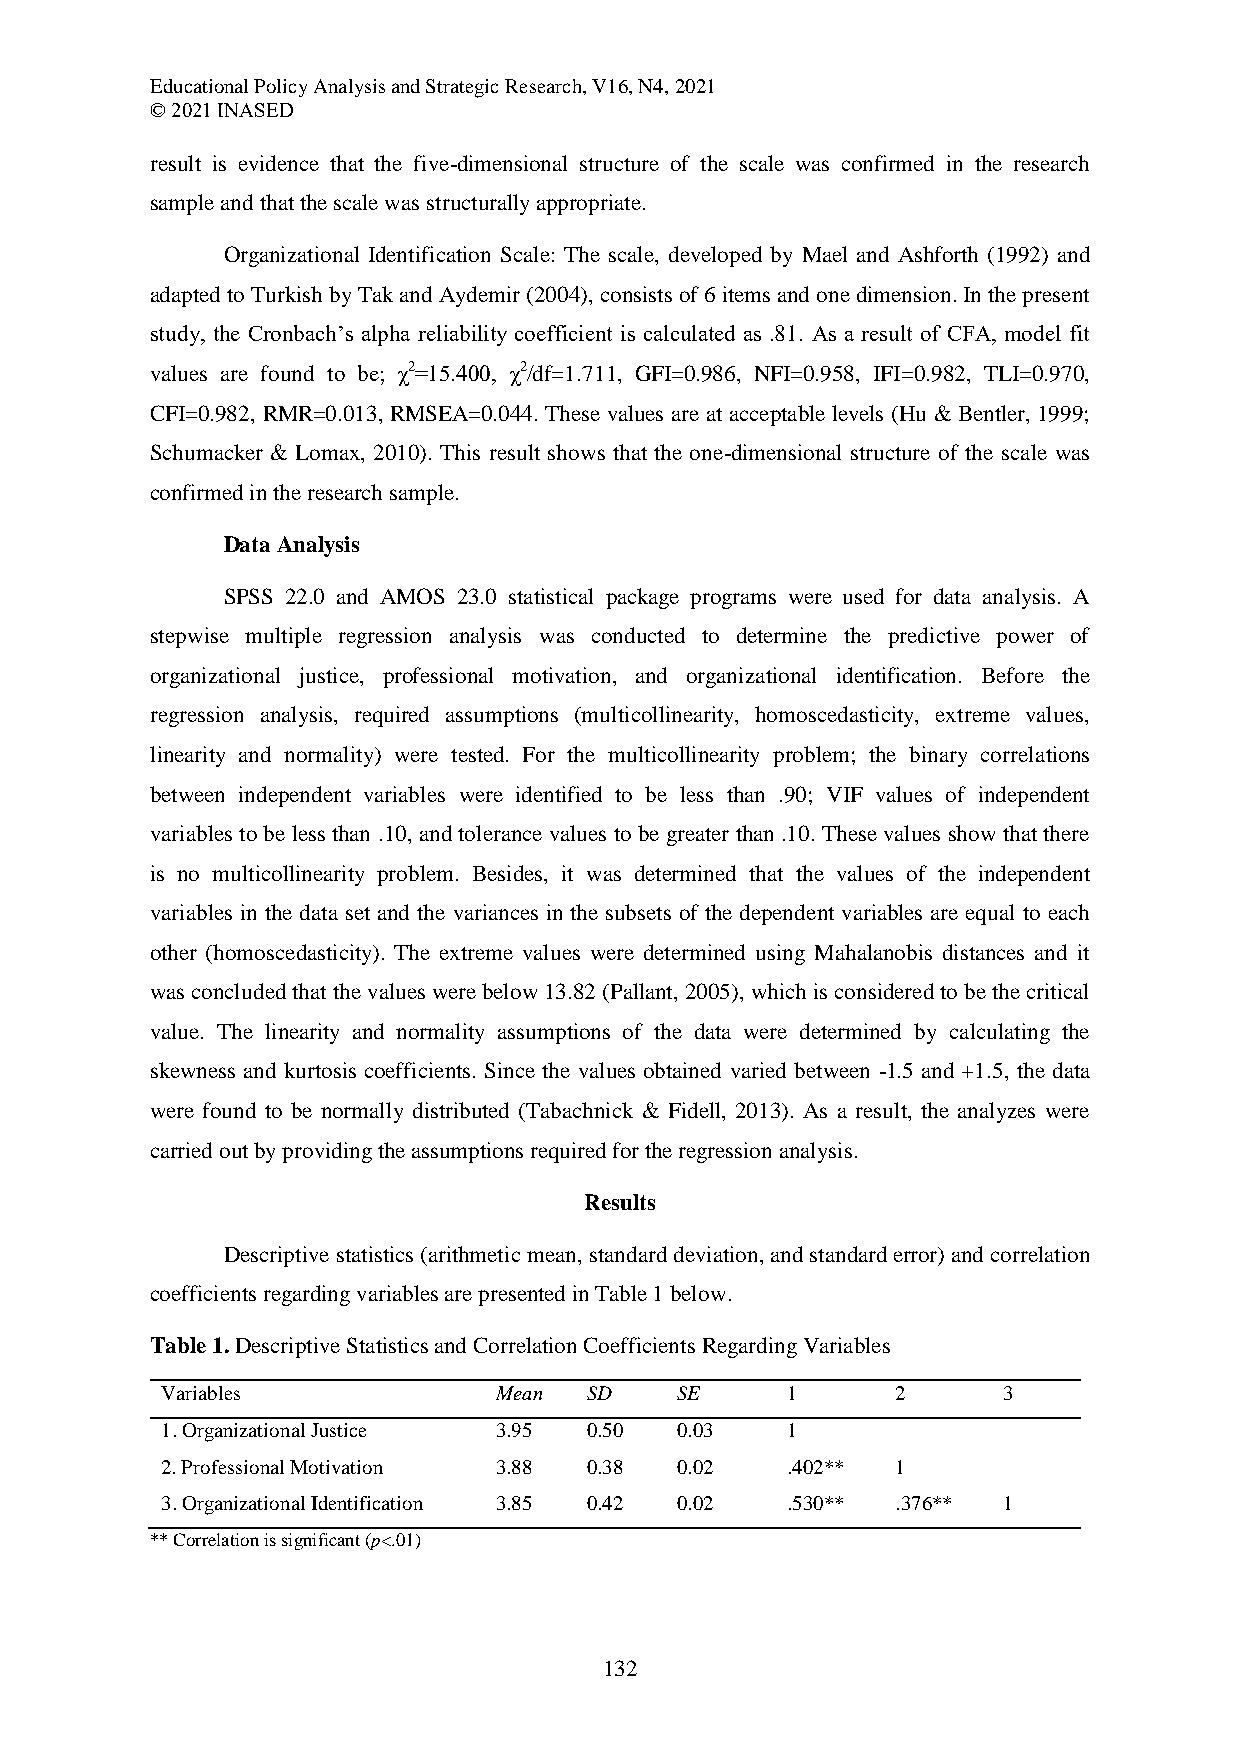
Educational Policy Analysis and Strategic Research, V16, N4, 2021
 © 2021 INASED
 result is evidence that the five-dimensional structure of the scale was confirmed in the research
 sample and that the scale was structurally appropriate.
 Organizational Identification Scale: The scale, developed by Mael and Ashforth (1992) and
 adapted to Turkish by Tak and Aydemir (2004), consists of 6 items and one dimension. In the present
 study, the Cronbach’s alpha reliability coefficient is calculated as .81. As a result of CFA, model fit
 values are found to be; χ2=15.400, χ2/df=1.711, GFI=0.986, NFI=0.958, IFI=0.982, TLI=0.970,
 CFI=0.982, RMR=0.013, RMSEA=0.044. These values are at acceptable levels (Hu & Bentler, 1999;
 Schumacker & Lomax, 2010). This result shows that the one-dimensional structure of the scale was
 confirmed in the research sample.
 Data Analysis
 SPSS 22.0 and AMOS 23.0 statistical package programs were used for data analysis. A
 stepwise multiple regression analysis was conducted to determine the predictive power of
 organizational justice, professional motivation, and organizational identification. Before the
 regression analysis, required assumptions (multicollinearity, homoscedasticity, extreme values,
 linearity and normality) were tested. For the multicollinearity problem; the binary correlations
 between independent variables were identified to be less than .90; VIF values of independent
 variables to be less than .10, and tolerance values to be greater than .10. These values show that there
 is no multicollinearity problem. Besides, it was determined that the values of the independent
 variables in the data set and the variances in the subsets of the dependent variables are equal to each
 other (homoscedasticity). The extreme values were determined using Mahalanobis distances and it
 was concluded that the values were below 13.82 (Pallant, 2005), which is considered to be the critical
 value. The linearity and normality assumptions of the data were determined by calculating the
 skewness and kurtosis coefficients. Since the values obtained varied between -1.5 and +1.5, the data
 were found to be normally distributed (Tabachnick & Fidell, 2013). As a result, the analyzes were
 carried out by providing the assumptions required for the regression analysis.
 Results
 Descriptive statistics (arithmetic mean, standard deviation, and standard error) and correlation
 coefficients regarding variables are presented in Table 1 below.
 Table 1. Descriptive Statistics and Correlation Coefficients Regarding Variables
 Variables             Mean  SD    SE     1      2      3
 1. Organizational Justice 3.95 0.50 0.03 1
 2. Professional Motivation 3.88 0.38 0.02 .402** 1
 3. Organizational Identification 3.85 0.42 0.02 .530** .376** 1
 ** Correlation is significant (p<.01)
 132